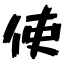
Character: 使